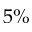
5 \%